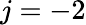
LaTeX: j=-2